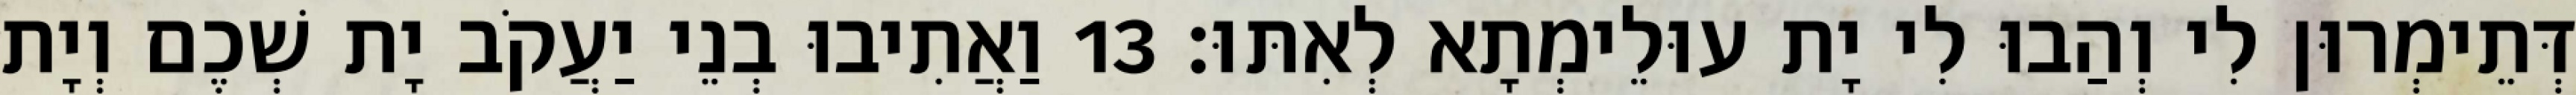
דְּתֵימְרוּן לִי וְהַבוּ לִי יָת עוּלֵימְתָא לְאִתּוּ׃ 13 וַאֲתִיבוּ בְנֵי יַעֲקֹב יָת שְׁכֶם וְיָת